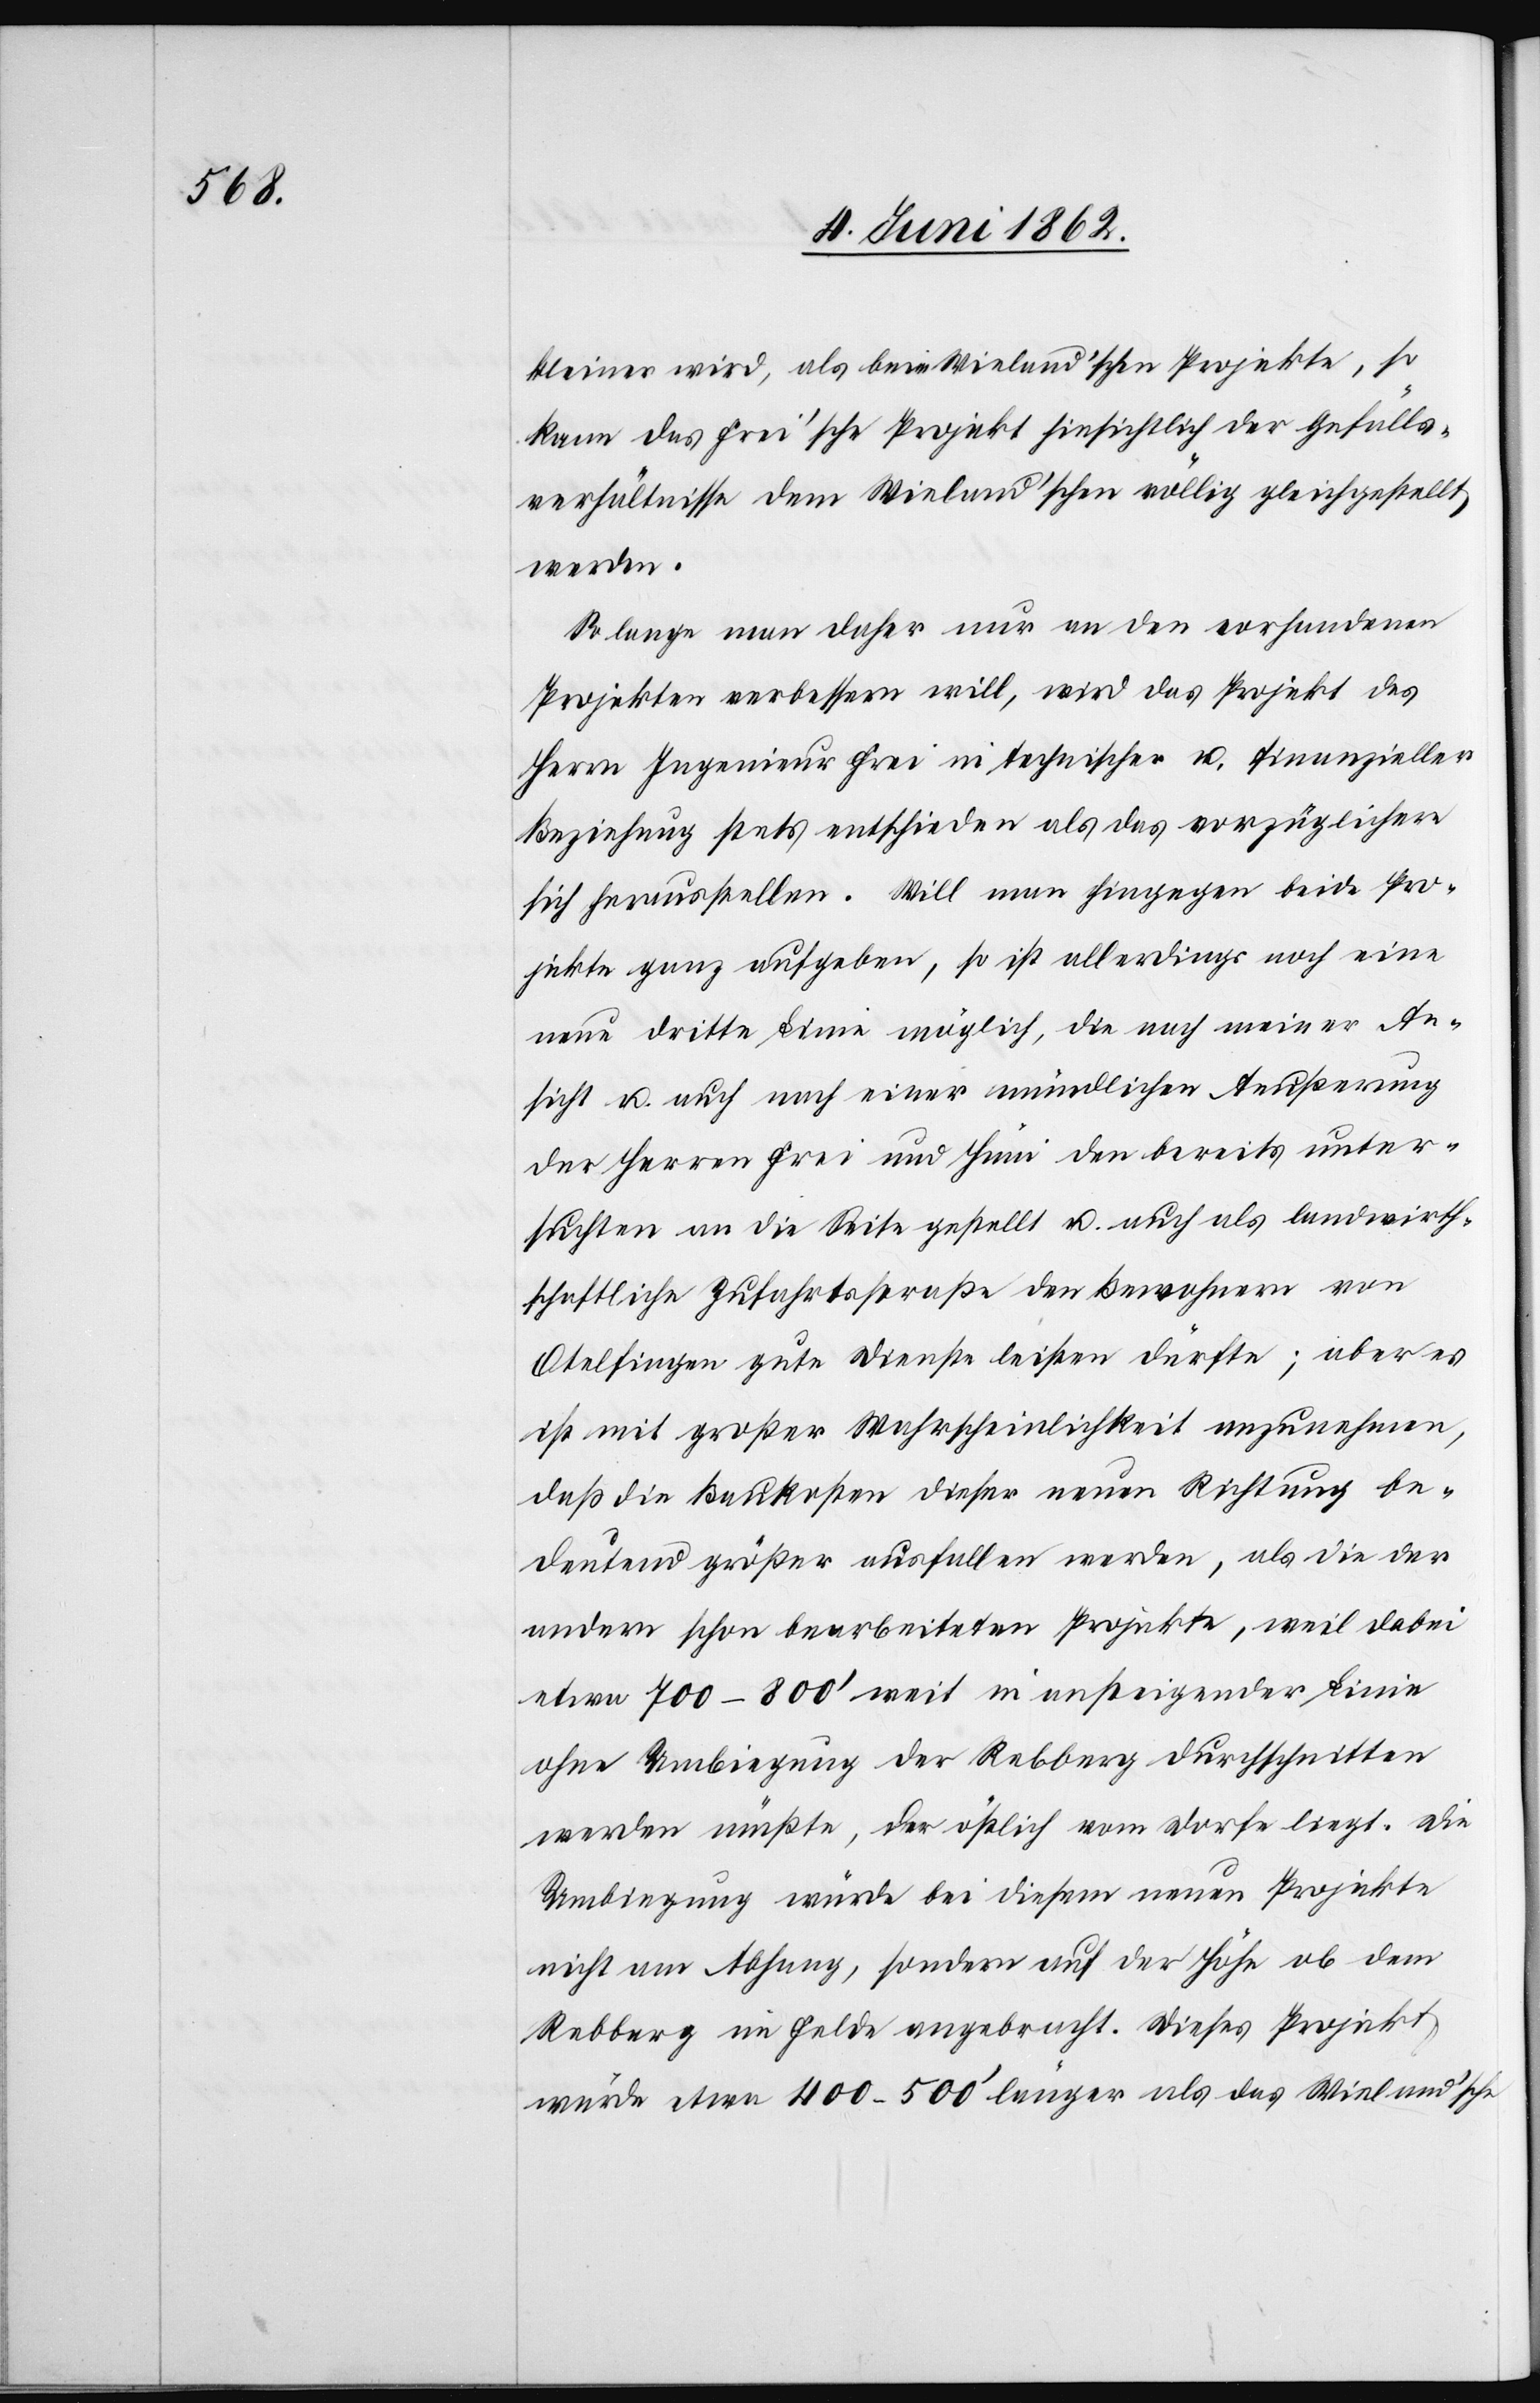
kleiner wird, als beim Wieland’schen Projekte, so
kann das Frei’sche Projekt hinsichtlich der Gefälls¬
verhältnisse dem Wieland’schen völlig gleichgestellt
werden.
So lange man daher nur an den vorhandene
Projekten verbessern will, wird das Projekt des
Herrn Ingenieur Frei in technischer u. finanzieller
Beziehung stets entschieden als das vorzüglichere
sich herausstellen. Will man hingegen beide Pro¬
jekte ganz aufgeben, so ist allerdings noch eine
neue dritte Linie möglich, die nach meiner An¬
sicht u. auch nach einer mündlichen Aeußerung
des Herren Frei und Hüni den bereits unter¬
suchten an die Seite gestellt u. auch als landwirt¬
schaftliche Zufahrtsstraße den Bewohnern von
Otelfingen gute Dienste leisten dürfte; aber es
ist mit großer Wahrscheinlichkeit anzunehmen,
daß die Baukosten dieser neuen Richtung be¬
deutend größer ausfallen werden, als die der
andern schon bearbeiteten Projekte, weil dabei
etwa 700–800’ weit in ansteigender Linie
ohne Umbiegung der Rebberg durchschnitten
werden müßte, der östlich vom Dorfe liegt. Die
Umbiegung würde bei diesem neuen Projekte
nicht am Abhang, sondern auf der Höhe ob dem
Rebberg im Felde angebracht. Dieses Projekt
würde etwa 400–500’ länger als das Wieland’sche